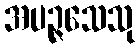
အပဉ္ဇသေသု